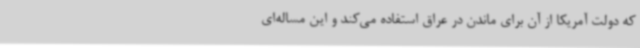
که دولت آمریکا از آن برای ماندن در عراق استفاده می‌کند و این مساله‌ای